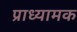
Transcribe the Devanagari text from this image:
प्राध्यामक